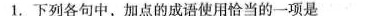
1.下列各句中，加点的成语使用恰当的一项是